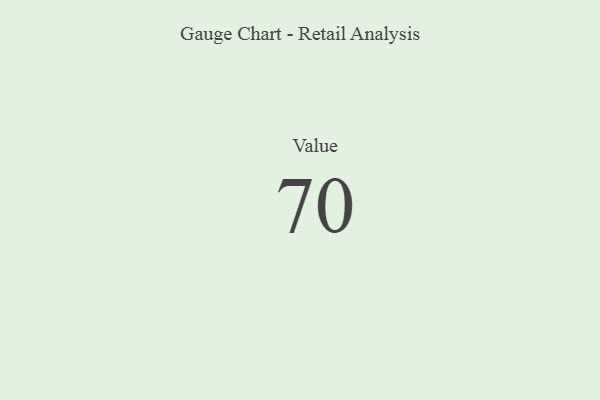
{"axis": {"x": "Metric", "y": "Value"}, "legend": [""], "data": [{"x": "Value", "y": 70, "type": ""}]}